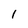
Character: 1